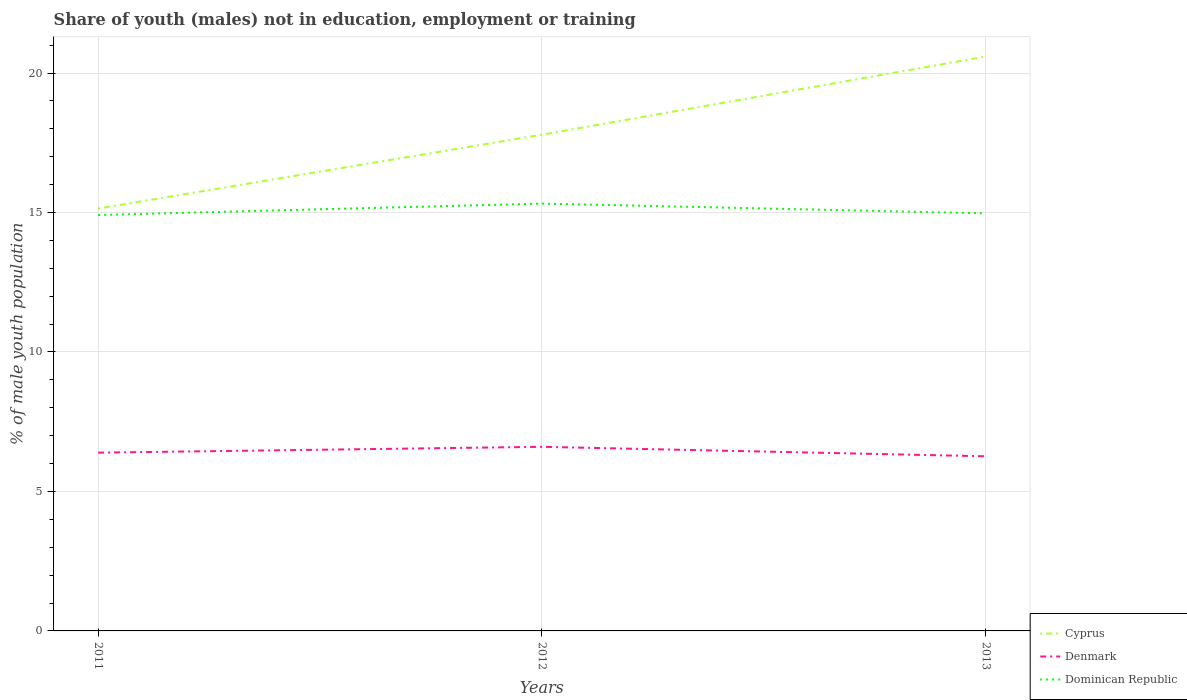
| Years | Cyprus | Denmark | Dominican Republic |
 | --- | --- | --- | --- |
 | 2011 | 15.1 | 6.39 | 14.9 |
 | 2012 | 17.8 | 6.6 | 15.3 |
 | 2013 | 20.6 | 6.26 | 15 |